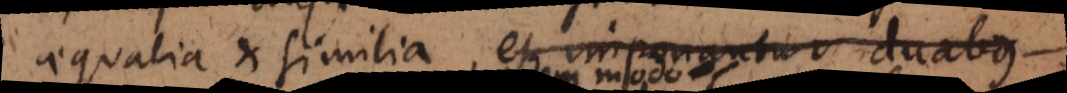
aequalia et similia, et imponantur duabus